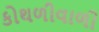
કોથળીવાળી